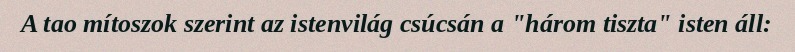
A tao mítoszok szerint az istenvilág csúcsán a "három tiszta" isten áll: